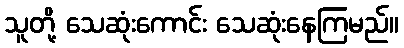
သူတို့ သေဆုံးကောင်း သေဆုံးနေကြမည်။